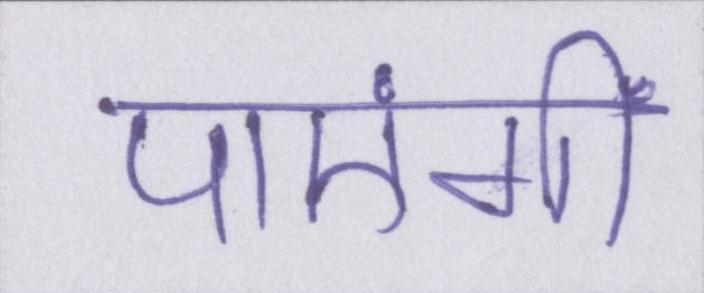
पाएंगीं